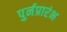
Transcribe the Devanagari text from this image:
पुर्नप्रारंभ